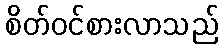
စိတ်ဝင်စားလာသည်